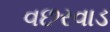
વછરવાડ